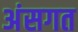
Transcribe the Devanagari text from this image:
अंसगत